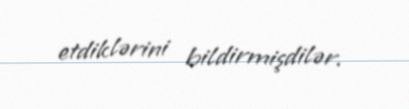
etdiklərini bildirmişdilər.